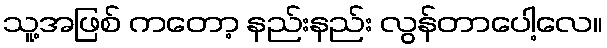
သူ့အဖြစ် ကတော့ နည်းနည်း လွန်တာပေါ့လေ။